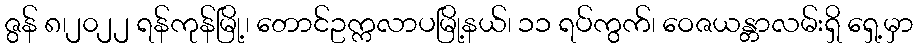
ဇွန် ၈၊၂၀၂၂ ရန်ကုန်မြို့၊ တောင်ဥက္ကလာပမြို့နယ်၊ ၁၁ ရပ်ကွက်၊ ဝေဇယန္တာလမ်းရှိ ရှေ့မှာ